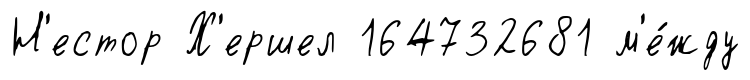
Н'естор Х'ершел 164732681 м'е́жду